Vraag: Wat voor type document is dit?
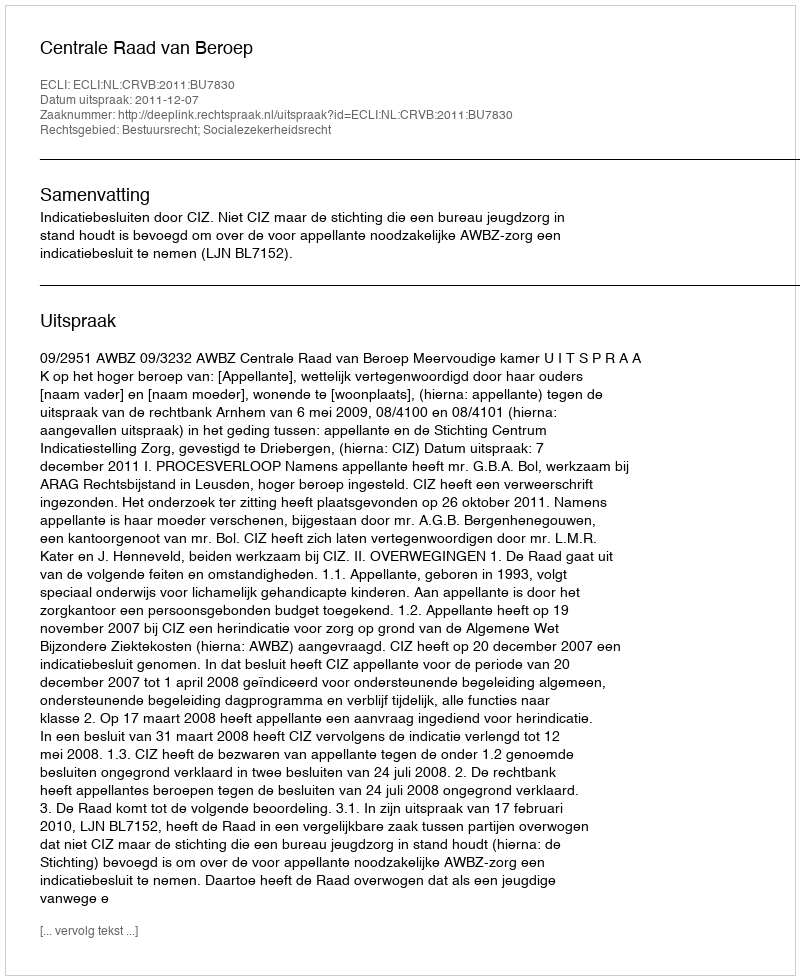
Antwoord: Uitspraak